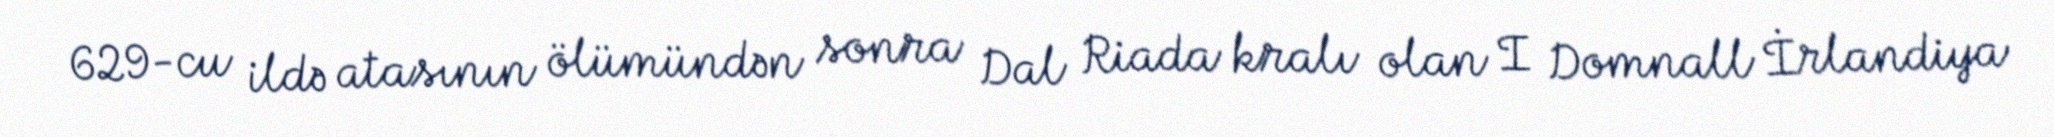
629-cu ildə atasının ölümündən sonra Dal Riada kralı olan I Domnall İrlandiya